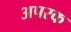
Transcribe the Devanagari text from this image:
अपरक